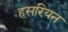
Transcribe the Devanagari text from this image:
हसरियन